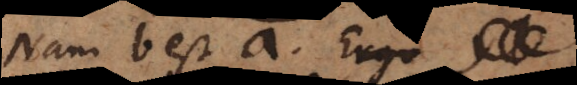
Nam b est a. Ergo